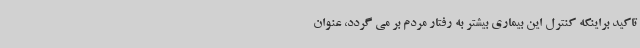
تاکید براینکه کنترل این بیماری بیشتر به رفتار مردم بر می گردد، عنوان